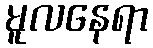
မူလနေရာ